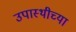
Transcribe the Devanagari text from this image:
उपास्थीच्या